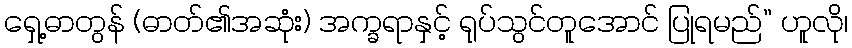
ရှေ့ဓာတွန် (ဓာတ်၏အဆုံး) အက္ခရာနှင့် ရုပ်သွင်တူအောင် ပြုရမည်” ဟူလို၊